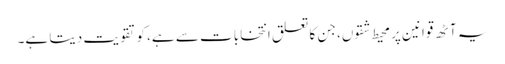
یہ آٹھ قوانین پر محیط شقوں، جن کا تعلق انتخابات سے ہے، کو تقویت دیتا ہے۔